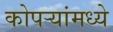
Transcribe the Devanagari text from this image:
कोपऱ्यांमध्ये